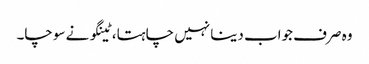
وہ صرف جواب دینا نہیں چاہتا، ٹینگو نے سوچا۔